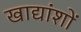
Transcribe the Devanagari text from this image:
खाद्यांशों